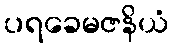
ပရခေမဇနိယံ